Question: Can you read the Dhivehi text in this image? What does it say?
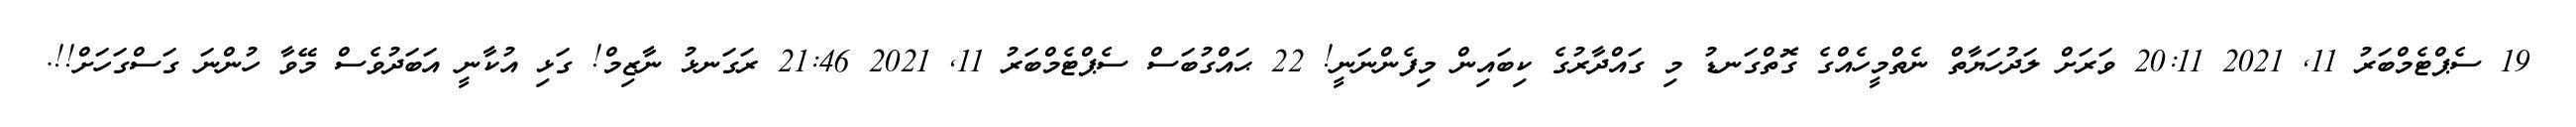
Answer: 19 ސެޕްޓެމްބަރު 11, 2021 20:11 ވަރަށް ލަދުހަޔާތް ނެތްމީހެއްގެ ގޮތްގަނޑު މި ގައްދާރުގެ ކިބައިން މިފެންނަނީ! 22 ޙައްގުބަސް ސެޕްޓެމްބަރު 11, 2021 21:46 ރަގަނޅު ނާޒިމް! ގަޅި އުކާނީ އަބަދުވެސް މޭވާ ހުންނަ ގަސްގަހަށް!!.